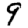
Digit: 9